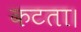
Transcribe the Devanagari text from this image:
कटता।